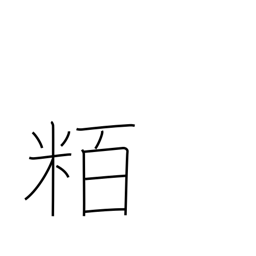
Meaning: hectometre